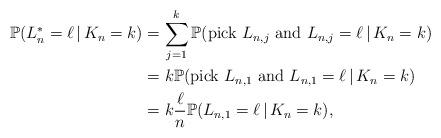
LaTeX: \begin{align*}\mathbb{P}(L_n^{*} = \ell \,|\, K_n = k) &= \sum_{j=1}^k \mathbb{P}(\mbox{pick } L_{n,j} \mbox{ and } L_{n,j} = \ell \,|\, K_n = k) \\&= k \mathbb{P}( \mbox{pick } L_{n,1} \mbox{ and } L_{n,1} = \ell \,|\, K_n = k ) \\&= k \frac{ \ell }{n} \mathbb{P}( L_{n,1} = \ell \,|\, K_n = k),\end{align*}